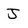
Character: J